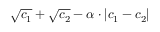
\sqrt { c _ { 1 } } + \sqrt { c _ { 2 } } - \alpha \cdot | c _ { 1 } - c _ { 2 } |